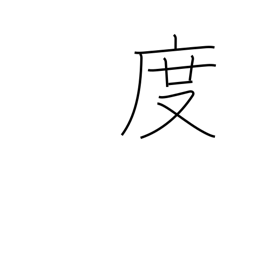
Meaning: degrees